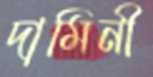
দামিনী